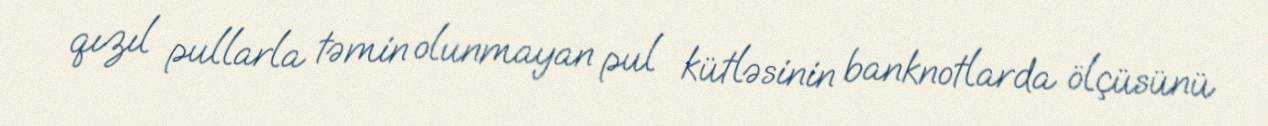
qızıl pullarla təmin olunmayan pul kütləsinin banknotlarda ölçüsünü